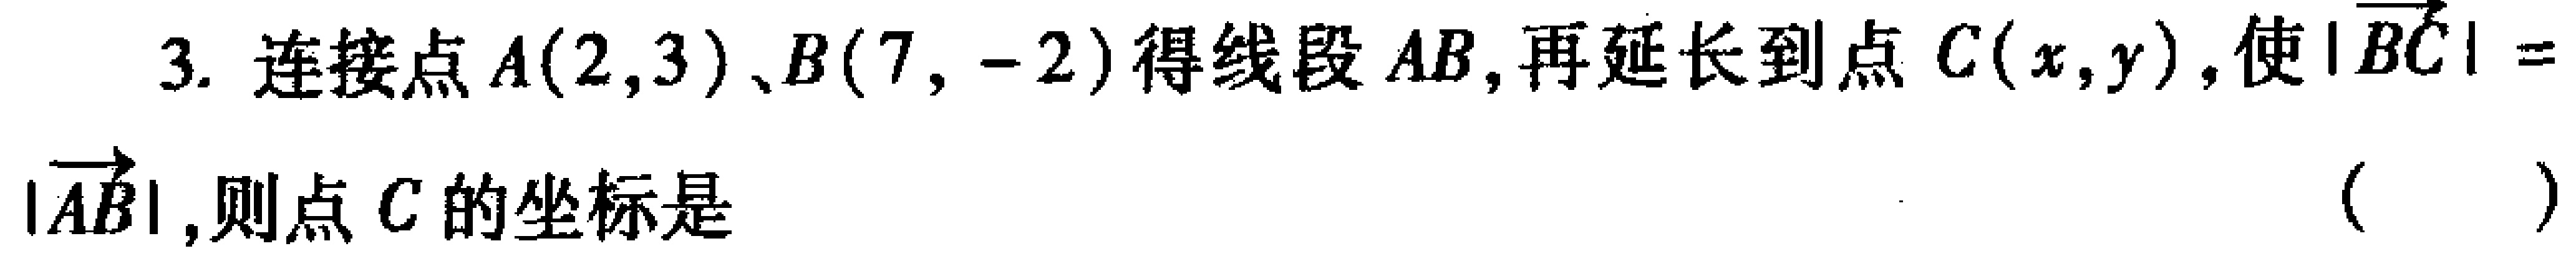
3. 连接点\(A(2,3)\)、\(B(7,-2)\)得线段\(AB\)，再延长到点\(C(x,y)\)，使\(|\overrightarrow{BC}| = |\overrightarrow{AB}|\)，则点\(C\)的坐标是 （  ）